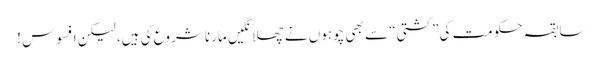
سابقہ حکومت کی”کشتی“ سے بھی چوہوں نے چھلانگیں مارنا شروع کی ہیں، لیکن افسوس !